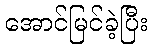
အောင်မြင်ခဲ့ပြီး